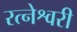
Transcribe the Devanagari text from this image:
रत्नेश्वरी